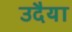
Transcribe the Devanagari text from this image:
उदैया